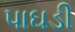
પાઘડી